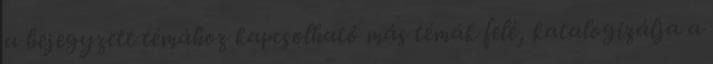
a bejegyzett témához kapcsolható más témák felé, katalogizálja a